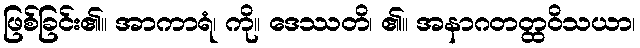
ဖြစ်ခြင်း၏။ အာကာရံ၊ ကို။ ဒေဿတိ၊ ၏။ အနာဂတတ္ထဝိသယာ၊